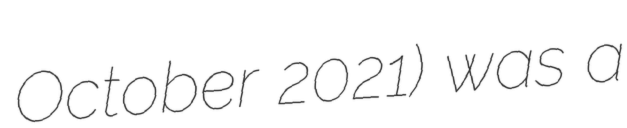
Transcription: October 2021) was a